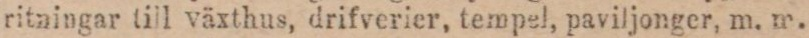
ritningar till växthus, drifverier, tempel, paviljonger, m. m.